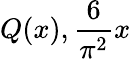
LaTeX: Q(x),{\frac{6}{\pi^{2}}}x